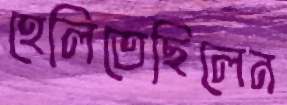
হেলিতেছিলেন